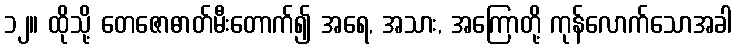
၁၂။ ထိုသို့ တေဇောဓာတ်မီးတောက်၍ အရေ, အသား, အကြောတို့ ကုန်လောက်သောအခါ